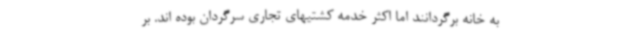
به خانه برگردانند اما اکثر خدمه کشتیهای تجاری سرگردان بوده اند. بر